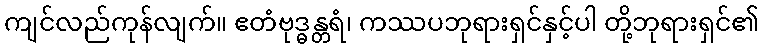
ကျင်လည်ကုန်လျက်။ ဧတံဗုဒ္ဓန္တရံ၊ ကဿပဘုရားရှင်နှင့်ပါ တို့ဘုရားရှင်၏